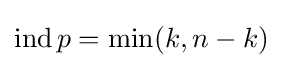
\operatorname {ind} p=\min(k,n-k)